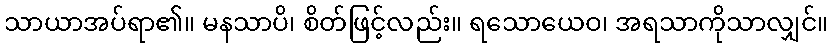
သာယာအပ်ရာ၏။ မနသာပိ၊ စိတ်ဖြင့်လည်း။ ရသောယေဝ၊ အရသာကိုသာလျှင်။